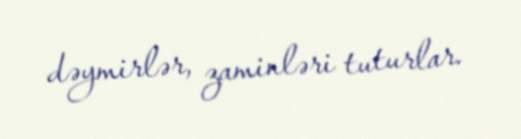
dəymirlər, zaminləri tuturlar.